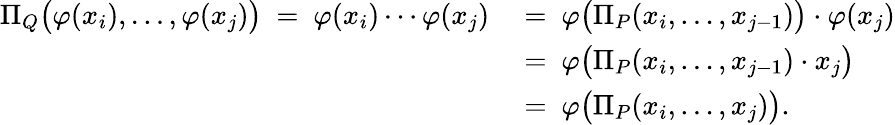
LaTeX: \begin{array}{rl}{\Pi_{Q}\big(\varphi(x_{i}),\dots,\varphi(x_{j})\big)\ =\ \varphi(x_{i})\cdots\varphi(x_{j})\ }&{=\ \varphi\big(\Pi_{P}(x_{i},\dots,x_{j-1})\big)\cdot\varphi(x_{j})}\\ &{=\ \varphi\big(\Pi_{P}(x_{i},\dots,x_{j-1})\cdot x_{j}\big)}\\ &{=\ \varphi\big(\Pi_{P}(x_{i},\dots,x_{j})\big).}\end{array}